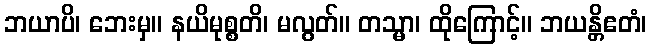
ဘယာပိ၊ ဘေးမှ။ နယိမုစ္စတိ၊ မလွတ်။ တသ္မာ၊ ထိုကြောင့်။ ဘယန္တိဧတံ၊